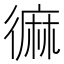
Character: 𪎓